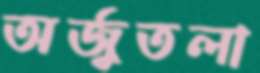
অর্জুতলা